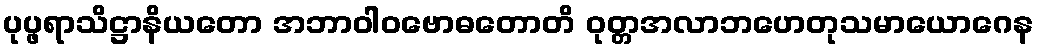
ပုပ္ဖရာသိဋ္ဌာနိယတော အဘာဝါဝဗောဓတောတိ ဝုတ္တအလာဘဟေတုသမာယောဂေန